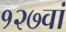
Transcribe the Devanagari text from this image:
१२७वां